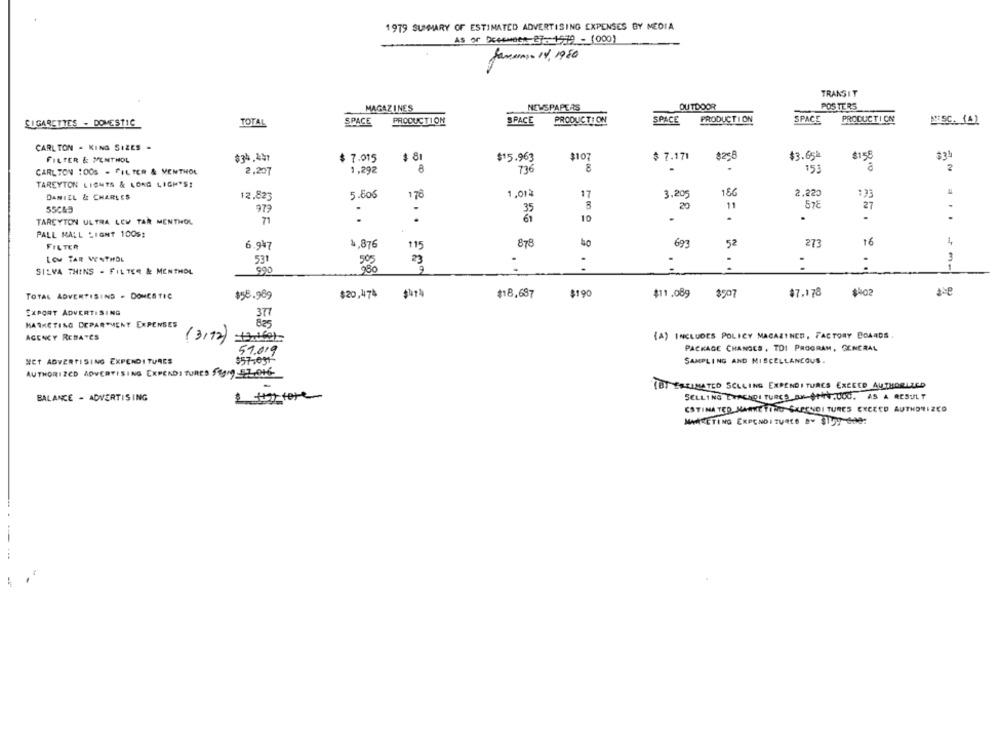
1979 SUMMARY OF ESTIMATED ADVERTISING EXPENSES BY MEDIA
As or Decemees- 27. 1979 - (000)
Samman- 14. 1950
TRANSIT
OUTDOOR
POSTERS
MAGAZINES
NEWSPAPERS
SPACE
PRODUCTION
SPACE
PRODUCTION
SPACE
PRODUCTION
SPACE
PRODUCTION
ANISC. (4)
CIGARETTES - DOMESTIC
TOTAL
CARLTON - KING SIZES .
FILTER & MENTHOL
$34.441
$ 81
$15.963
$107
$ 7.171
$258
$3.65
$155
$34
$ 7.015
2
CARLTON :00s - FILTER & MENTHOL
2,207
1,292
8
736
8
153
TARCYTON LIGHTS & LONG LIGH'S!
DANIEL & CHARLES
12.823
5.506
178
1.01%
17
3,205
150
2.220
193
55C&3
979
35
20
11
578
27
. .
10
.
.
-
TARCYTON ULTRA LOW TAR MENTHOL
71
2 ..
PALL MALL LIGHT 1005:
FILTER
6.947
৳,876
115
878
52
273
16
3
LOW TAR MENTHOL
531
50%
23
.
SILVA THINS - FILTER & MENTHOL
990
..
..
$402
TOTAL ADVERTISING - DOMESTIC
$58.989
$20,474
#18,687
$190
$11.089
$907
$7.178
EXPORT ADVERTISING
377
MARKETING DEPARTMENT EXPENSES
AGENCY REBATES
(3,12)
(A) INCLUDES POLICY MAGAZINES, FACTORY BOARDS
51.019
PACKAGE CHANGES , TOI PROGRAM, GENERAL
NET ADVERTISING EXPENDITURES
$57.031
SAMPLING AND MISCELLANEOUS.
AUTHORIZED ADVERTISING EXPENDITURES $$Mg-17.016-
(B) ESTIMATED SELLING EXPENDITURES EXCEED AUTHORIZED
BALANCE - ADVERTISING
SELLING CHACHDI TURCS_BX-ANT,UOU. AS A RESULT
ESTIMATED MARKETING EXPENDI TURES EXCEED AUTHORIZEO
MARKETING EXPENDITURES &. $159-6de: